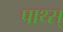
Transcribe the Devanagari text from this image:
पाथ्स्‌